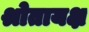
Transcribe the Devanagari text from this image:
श्रोतायक्ष